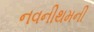
નવનીથમની